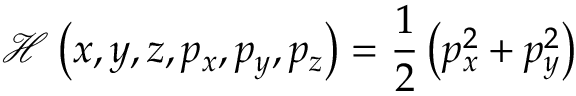
{ \mathcal { H } } \left( x , y , z , p _ { x } , p _ { y } , p _ { z } \right) = { \frac { 1 } { 2 } } \left( p _ { x } ^ { 2 } + p _ { y } ^ { 2 } \right)